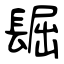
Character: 镼